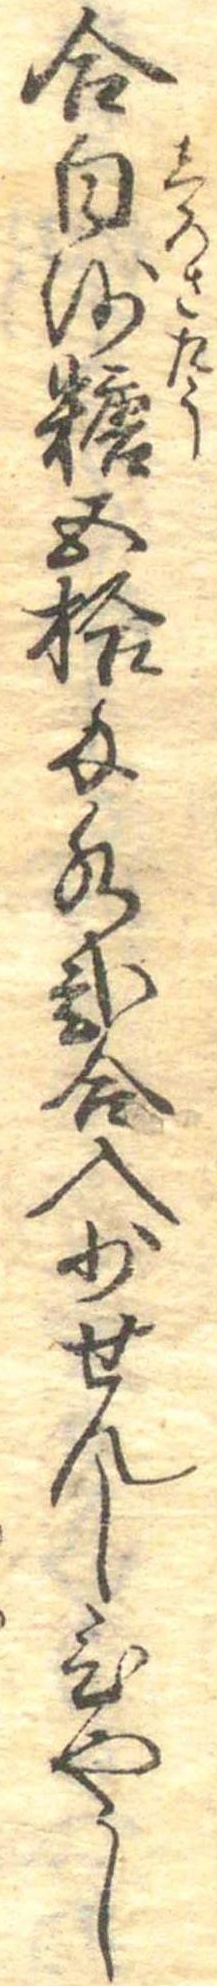
合白沙糖五拾匁水弐合入少せんしひやし